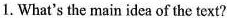
1. What's the main idea of the text?